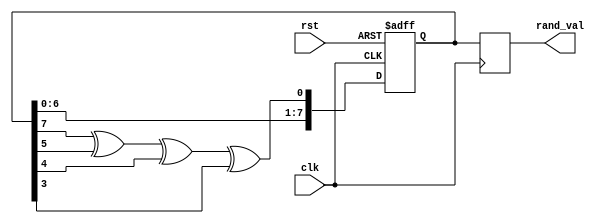
module random_initialization (
    input wire clk,           // Clock signal
    input wire rst,           // Asynchronous reset signal
    output reg [7:0] rand_val // 8-bit random value output
);
    // Internal state for the LFSR
    reg [7:0] lfsr;

    // LFSR polynomial: x^8 + x^6 + x^5 + x^4 + 1
    wire feedback = lfsr[7] ^ lfsr[5] ^ lfsr[4] ^ lfsr[3];

    // Asynchronous reset and random value generation
    always @(posedge clk or posedge rst) begin
        if (rst) begin
            // On reset, initialize to a known state
            lfsr <= 8'hA5; // Example seed value
        end else begin
            // Shift and generate new random value
            lfsr <= {lfsr[6:0], feedback}; // Shift left and add feedback
        end
    end

    // Assign the generated random value to the output
    always @(posedge clk) begin
        rand_val <= lfsr; // Output the current state of the LFSR as random value
    end
endmodule